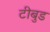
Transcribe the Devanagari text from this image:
टीबुड